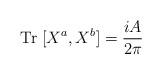
LaTeX: \begin{align*}{\rm Tr}\;[X^a, X^b] = \frac{iA}{2 \pi} \end{align*}